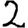
Digit: 2